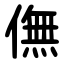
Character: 㒇